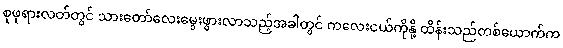
စုဖုရားလတ်တွင် သားတော်လေးမွေးဖွားလာသည့်အခါတွင် ကလေးငယ်ကိုနို့ ထိန်းသည်တစ်ယောက်က